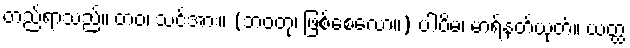
တည်ရာသည်။ တဝ၊ သင်အား။ (ဘဝတု၊ ဖြစ်စေလော။) ပါပိမ၊ မာရ်နတ်ယုတ်။ ယတ္ထ